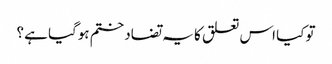
تو کیا اس تعلق کا یہ تضاد ختم ہوگیا ہے ؟